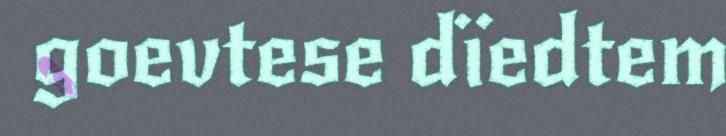
goevtese dïedtem